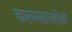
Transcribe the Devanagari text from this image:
करण्यापर्यंतचे